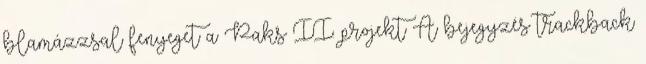
blamázzsal fenyeget a Paks II. projekt A bejegyzés trackback